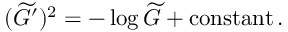
( \widetilde { G } ^ { \prime } ) ^ { 2 } = - \log \widetilde { G } + \mathrm { c o n s t a n t } \, .